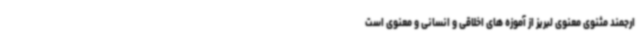
ارجمند مثنوی معنوی لبریز از آموزه های اخلاقی و انسانی و معنوی است